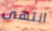
انتهى